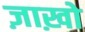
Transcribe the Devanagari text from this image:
ज़ाख़ो